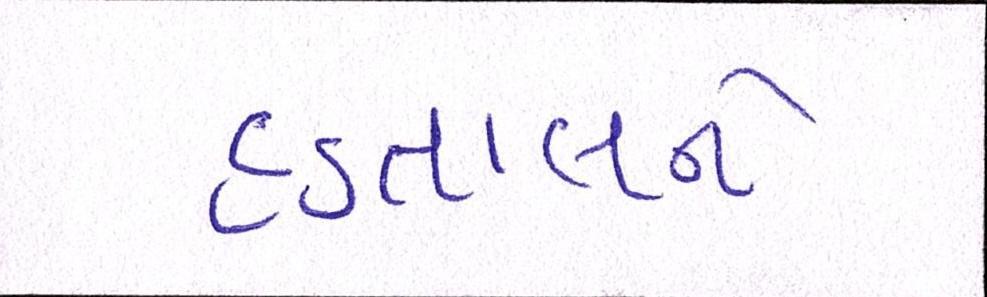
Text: હડતાલને